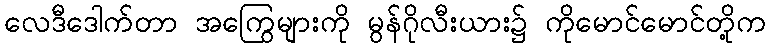
လေဒီဒေါက်တာ အကြွေများကို မွန်ဂိုလီးယား၌ ကိုမောင်မောင်တို့က